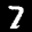
Label: 7